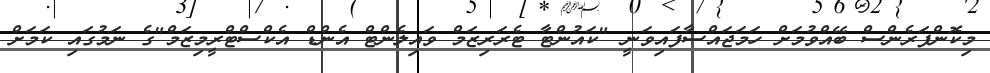
މިކޮންފަރެންސް ބޭއްވުމަށް ހަމަޖައްސާފައިވަނީ "ކައުންޓާ ޓެރަރިޒަމް ވައިލެންޓް އެންޑް އެކްސްޓްރީމިޒަމް"ގެ ނަމުގައި ކަމަށް